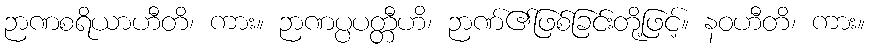
ဉာဏစရိယာဟီတိ၊ ကား။ ဉာဏပ္ပပတ္တီဟိ၊ ဉာဏ်၏ဖြစ်ခြင်းတို့ဖြင့်။ နဝဟီတိ၊ ကား။